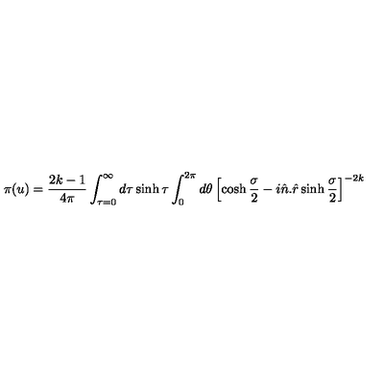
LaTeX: \pi ( u ) = \frac { 2 k - 1 } { 4 \pi } \int _ { \tau = 0 } ^ { \infty } d \tau \sinh \tau \int _ { 0 } ^ { 2 \pi } d \theta \left[ \cosh \frac { \sigma } { 2 } - i \hat { n } . \hat { r } \sinh \frac { \sigma } { 2 } \right] ^ { - 2 k }